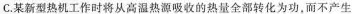
C.某新型热机工作时将从高温热源吸收的热量全部转化为功，而不产生